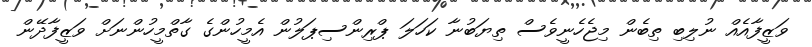
ވަޒީފާއެއް ނުލިބި ތިބެން މިޖެހެނީވެސް ތިޔަބުނާ ކަހަލަ ޕްރިންސިޕަލުން އެމީހުންގެ ގާތްމީހުންނަށް ވަޒީފާދޭން